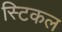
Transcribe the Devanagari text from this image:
स्टिकल